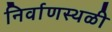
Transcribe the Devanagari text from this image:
निर्वाणस्थळी